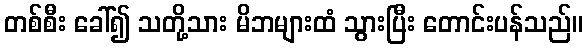
တစ်စီး ခေါ်၍ သတို့သား မိဘများထံ သွားပြီး တောင်းပန်သည်။